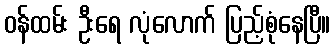
ဝန်ထမ်း ဦးရေ လုံလောက် ပြည့်စုံနေပြီ။